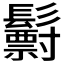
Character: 𩯧